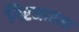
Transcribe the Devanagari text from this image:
गिरनारला